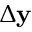
\Delta \mathbf { y }